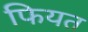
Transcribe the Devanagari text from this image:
फियत